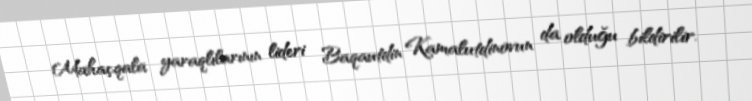
Mahaçqala yaraqlılarının lideri Baqautdin Kamalutdinovun da olduğu bildirilir.